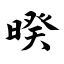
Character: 暌